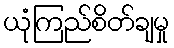
ယုံကြည်စိတ်ချမှု